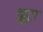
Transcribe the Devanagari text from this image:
झूटा